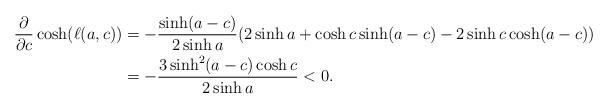
LaTeX: \begin{align*}\frac{\partial}{\partial c}\cosh(\ell(a,c))&=-\frac{\sinh(a-c)}{2\sinh a}(2\sinh a + \cosh c \sinh(a-c)-2\sinh c \cosh(a-c)) \\& = -\frac{3\sinh^2(a-c)\cosh c}{2\sinh a} < 0.\end{align*}